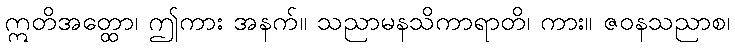
ဣတိအတ္ထော၊ ဤကား အနက်။ သညာမနသိကာရာတိ၊ ကား။ ဇဝနသညာစ၊